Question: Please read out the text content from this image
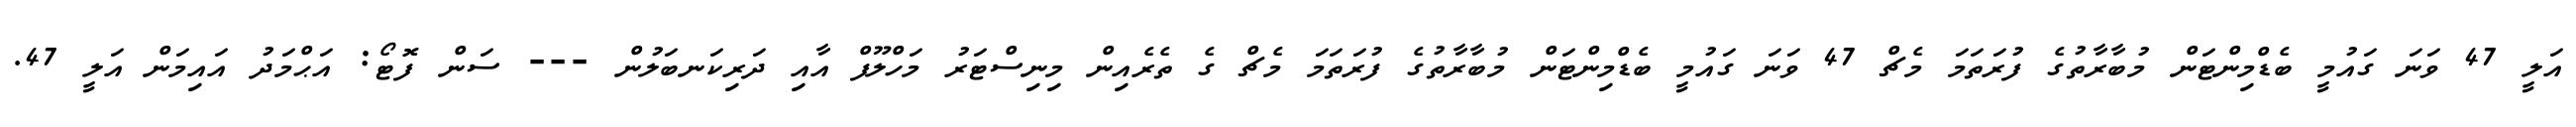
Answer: އަލީ 47 ވަނަ ގައުމީ ބެޑްމިންޓަން މުބާރާތުގެ ފުރަތަމަ މެޗް 47 ވަނަ ގައުމީ ބެޑްމިންޓަން މުބާރާތުގެ ފުރަތަމަ މެޗް ގެ ތެރެއިން މިނިސްޓަރު މަހްލޫފް އާއި ދަރިކަނބަލުން --- ސަން ފޮޓޯ: އަޙްމަދު އައިމަން އަލީ 47.